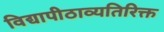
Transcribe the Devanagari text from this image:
विद्यापीठाव्यतिरिक्त